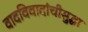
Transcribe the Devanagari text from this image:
वादविवादांचीसुद्धा